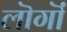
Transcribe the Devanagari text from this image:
लॊगॊं